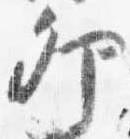
卯